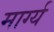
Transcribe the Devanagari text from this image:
मार्ग्य